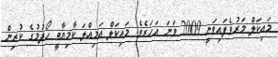
މައިކަލް މަރުވެފައިވަނީ 2009 ވަނަ އަހަރެވެ. މައިކަލް އަމިއްލަ ކާމިޔާބީ ހޯދުމުގެ ކުރިން